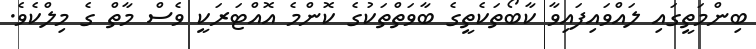
ބިންމަތީގައި ލައްވައިފައިވާ ކާބޯތަކެތީގެ ބާވަތްތަކުގެ ކޮންމެ އޮއްޓަރަކީ ވެސް މާތް ގެ މިލްކެވެ.